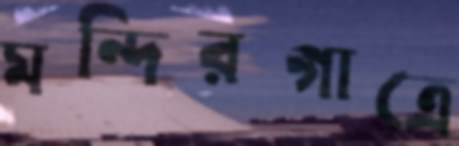
মন্দিরগাত্রে